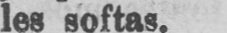
les softas.